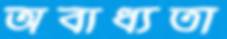
অবাধ্যতা